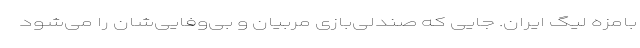
بامزه لیگ ایران. جایی که صندلی‌بازی مربیان و بی‌و‌فایی‌شان را می‌شود